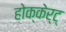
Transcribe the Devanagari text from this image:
होक्केर्ट्